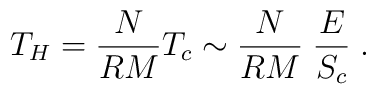
T_H = \frac{N}{R M} T_c \sim \frac{N}{R M} \; \frac{E}{S_c} \; .